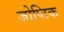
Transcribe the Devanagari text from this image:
जोप्टिक